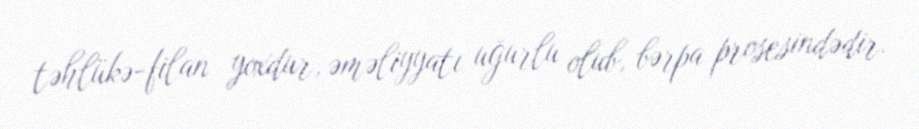
təhlükə-filan yoxdur, əməliyyatı uğurlu olub, bərpa prosesindədir.